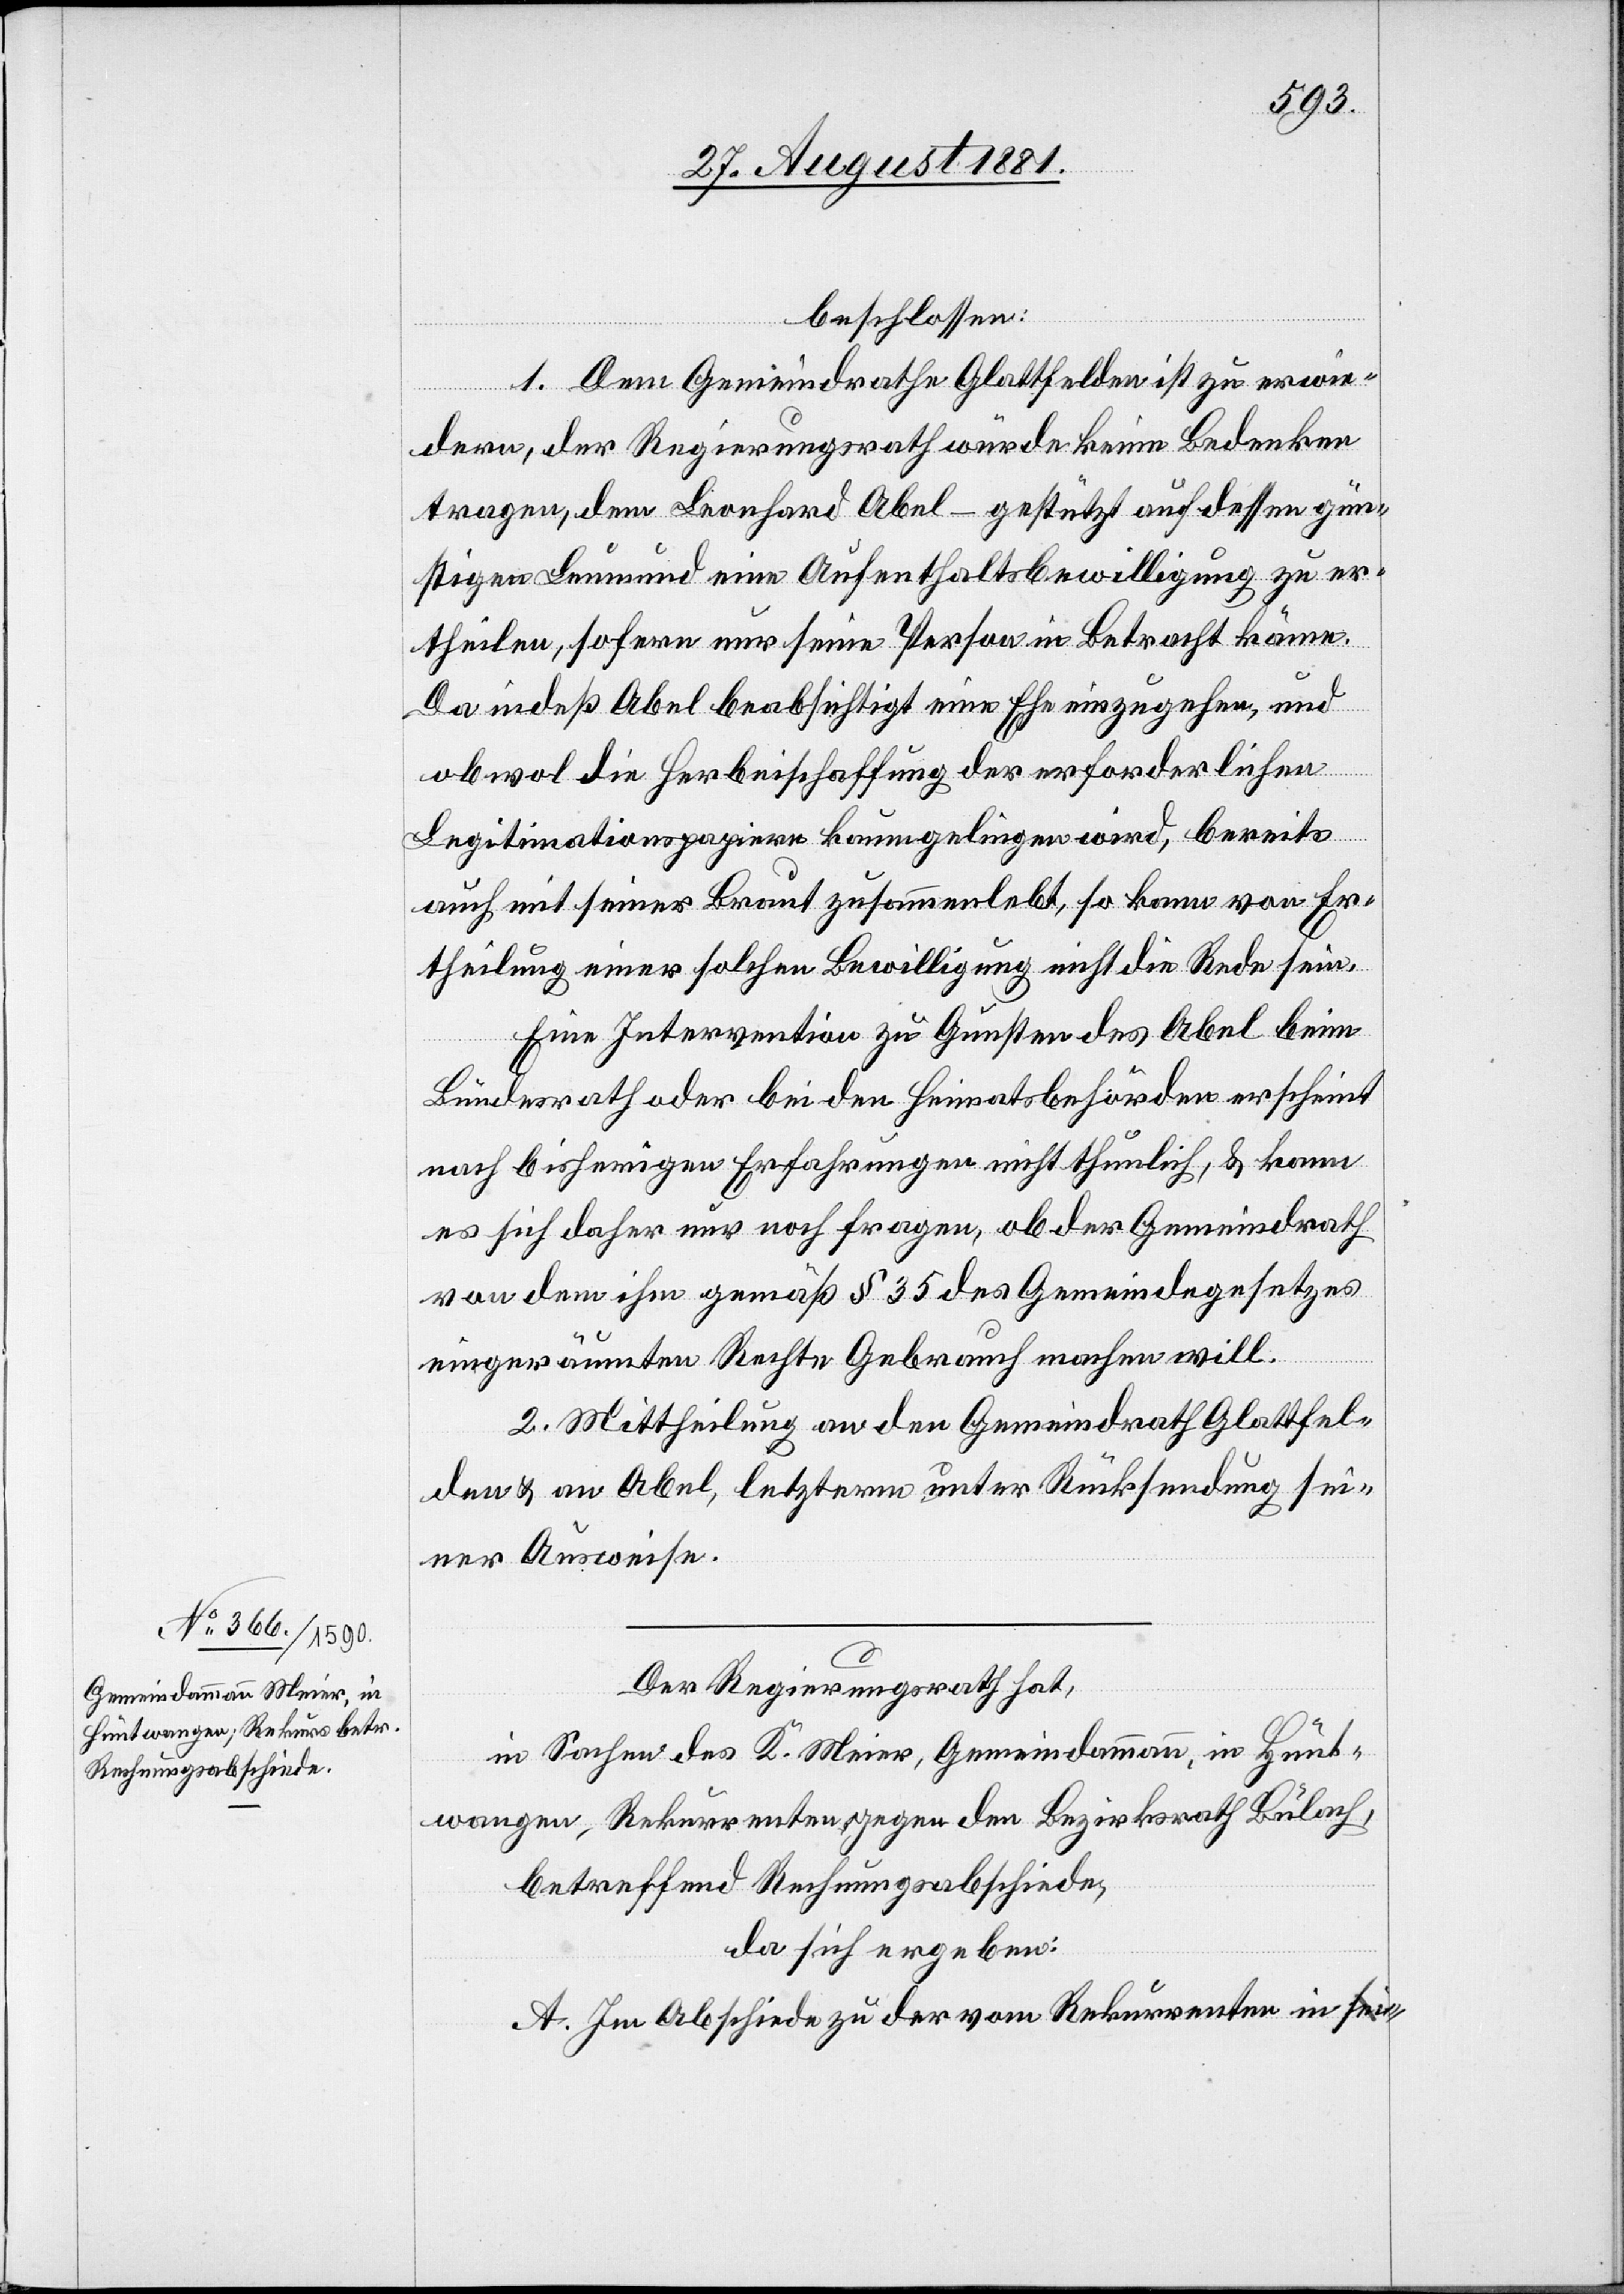
beschlossen:
1. Dem Gemeindrathe Glattfelden ist zu erwie¬
dern, der Regierungsrath würde keine Bedenken
tragen, den Leonhard Abel – gestützt auf dessen gün¬
stigen Leumund einen Aufenthaltsbewilligung zu er¬
theilen, sofern nur seine Person in Betracht käme.
Da indeß Abel beabsichtigt eine Ehe einzugehen, und
obwohl die Herbeischaffung der erforderlichen
Legitimationspapiere kaum gelingen wird, bereits
auch mit seiner Braut zusammenlebt, so kann von Er¬
theilung einer solchen Bewilligung nicht die Rede sein.
Eine Intervention zu Gunsten des Abel beim
Bundesrath oder bei den Heimatsbehörden erscheint
nach bisherigen Erfahrungen nicht thunlich, & kann
es sich daher nur noch fragen, ob der Gemeindrath
von dem ihm gemäß § 35 des Gemeindegesetzes
eingeräumten Rechte Gebrauch machen will.
2. Mittheilung an den Gemeindrath Glattfel¬
den & an Abel, letzterm unter Rücksendung sei¬
ner Ausweise.
Der Regierungsrath hat,
in Sachen des K. Meier, Gemeindammann, in Hünt¬
wangen, Rekurrenten gegen den Bezirksrath Bülach,
betreffend Rechnungsabschiede,
da sich ergeben:
A. Im Abschiede zu der vom Rekurrenten in